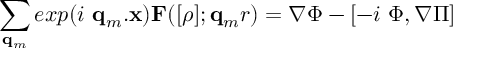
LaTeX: \sum _ { { \bf { q } } _ { m } } e x p ( i { \mathrm { ~ } } { \bf { q } } _ { m } . { \bf { x } } ) { \bf { F } } ( [ \rho ] ; { \bf { q } } _ { m } r ) = \nabla \Phi - [ - i \mathrm { ~ } \Phi , \nabla \Pi ]